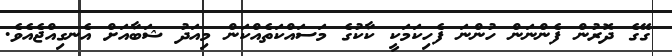
ގޭގެ ދޮރުން ފެންނަން ހުންނަ ފެހިކަމަކީ ކާކުގެ މަސައްކަތެއްކަން މިއަދު ޝަބާއަށް އެނގިއްޖެއެވެ.